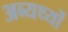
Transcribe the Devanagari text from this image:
अब्यर्थ्यों